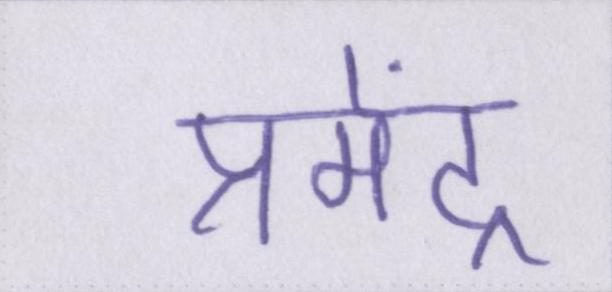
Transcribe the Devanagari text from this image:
प्रमेंद्र